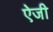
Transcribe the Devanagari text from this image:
ऐजी